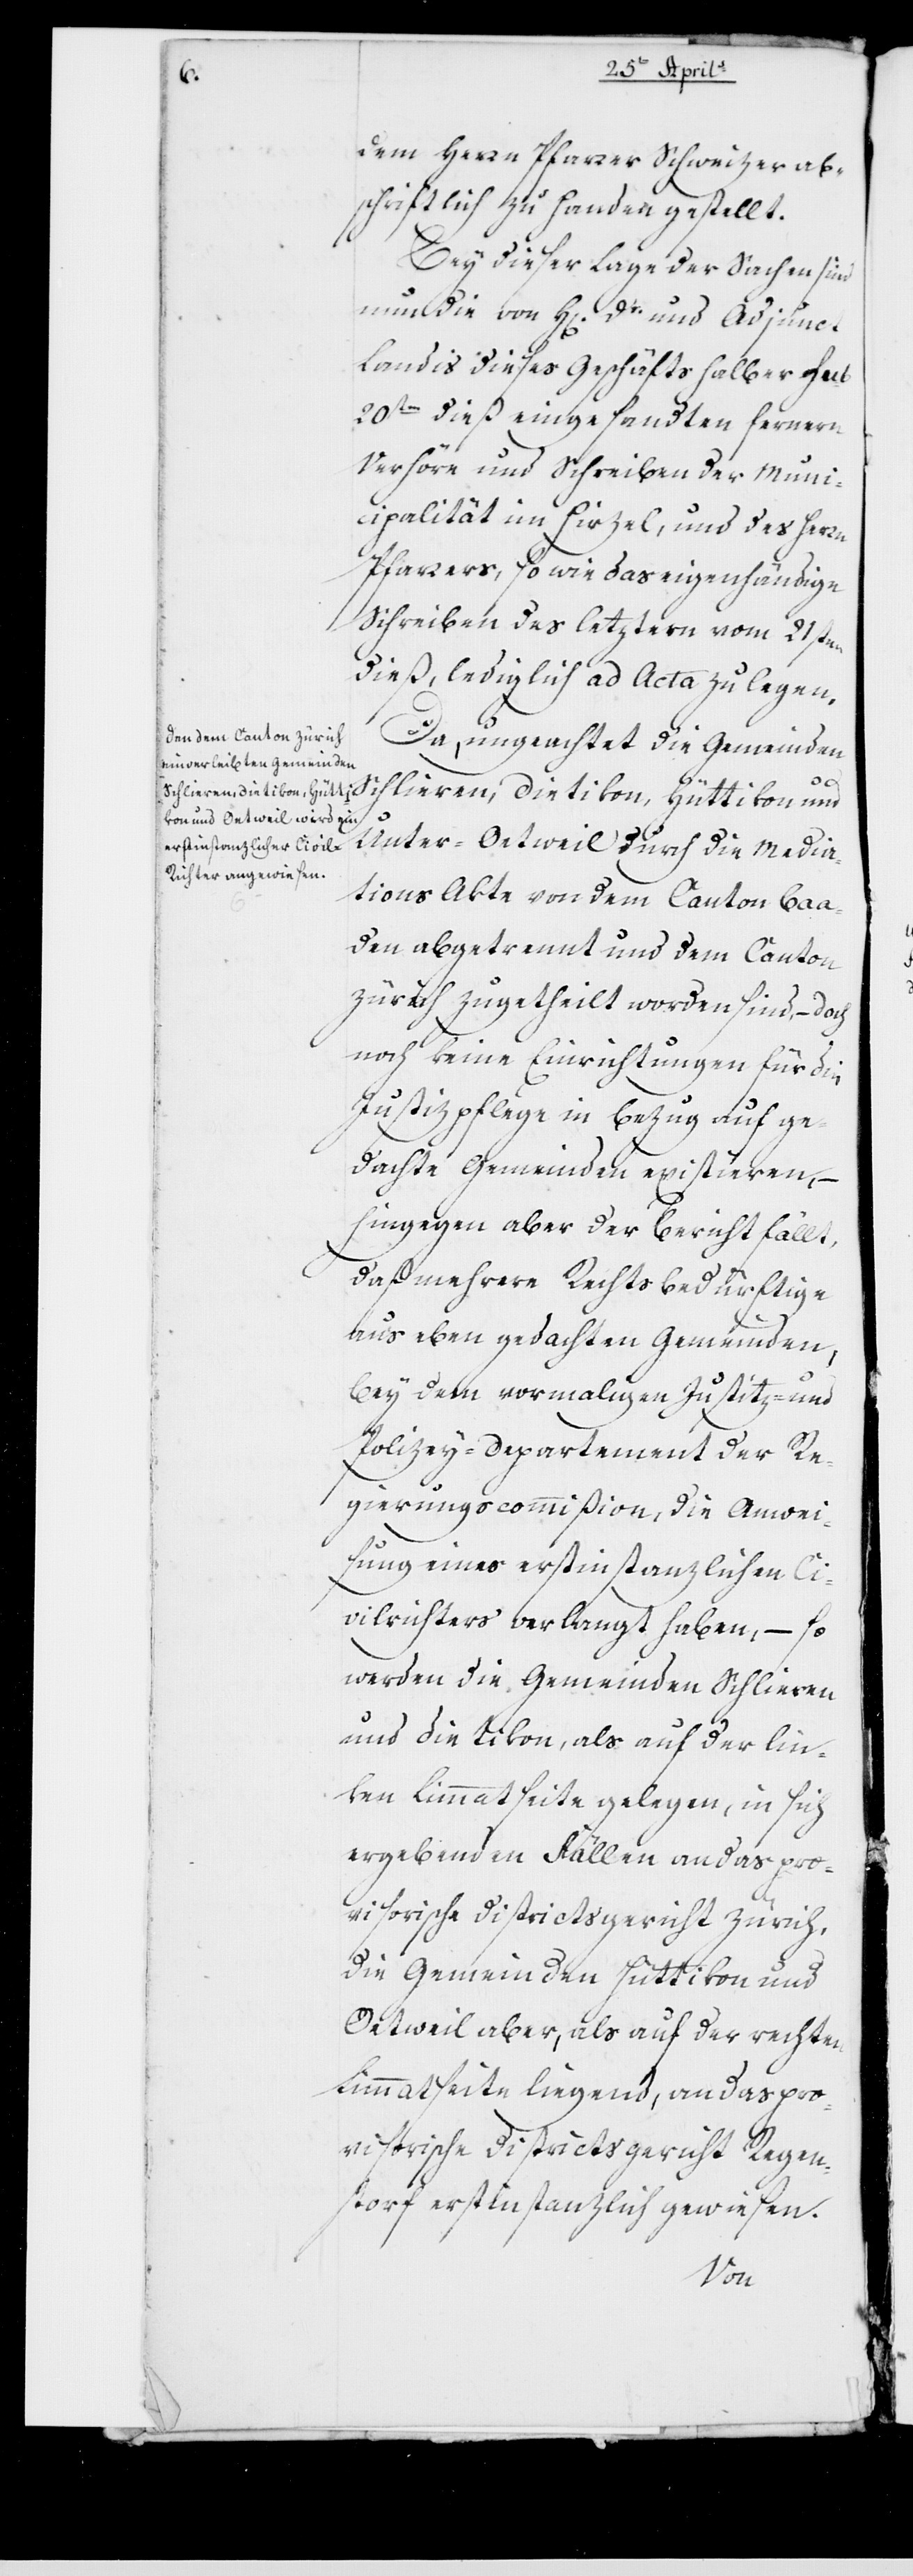
dem Herrn Pfarrer Schweizer ab¬
schriftlich zu Handen gestellt.
Bey dieser Lage der Sachen sind
um die von Herrn Dr. und Adjunct
Landis dieses Geschäfts halber sub
20sten dieß eingesandten fernern
Verhöre und Schreiben der Muni¬
cipalität im Hirzel, und des Herrn
Pfarrers, so wie das eigenhändige
Schreiben des letzteren vom 21sten
dieß, lediglich ad Acta zu legen.
Da, ungeachtet die Gemeinden
Schlieren, Dietikon, Hüttikon und
Unter-Oetweil durch die Media¬
tions Akte von dem Canton Ba¬
den abgetrennt und dem Canton
Zürich zugetheilt worden sind, – doch
noch keine Einrichtungen für die
Justizpflege in Bezug auf ge¬
dachte Gemeinden existieren, –
hingegen aber der Bericht fällt,
daß mehrere Rechtsbedürftige
aus eben gedachten Gemeinden,
bey dem vormaligen Justitz- und
Polizey-Departement der Re¬
gierungscommißion, die Anwei¬
sung eines erstinstanzlichen Ci¬
vilrichters verlangt haben, – so
werden die Gemeinden Schlieren
und Dietikon, als auf der lin¬
ken Limmatseite gelegen, in sich
ergebenden Fällen an das pro¬
visorische Districtsgericht Zürich;
die Gemeinden Hüttikon und
Oetweil aber, als auf der rechten
Limmatseite liegend, an das pro¬
visorische Districtsgericht Regen¬
storf erstinstanzlich gewiesen.